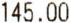
145.00